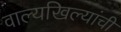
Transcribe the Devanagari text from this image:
वाल्यखिल्यांची